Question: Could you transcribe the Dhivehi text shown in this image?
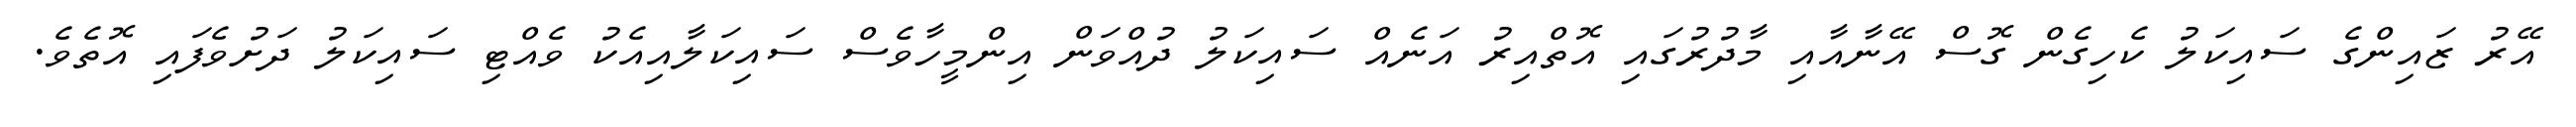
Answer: އޭރު ޒައިންގެ ސައިކަލު ކެހިގެން ގޮސް އޭނާއާއި މާދުރުގައި އޮތްއިރު އަނެއް ސައިކަލު ދުއްވަން އިންމީހާވެސް ސައިކަލާއިއެކު ވެއްޓި ސައިކަލު ދަށުވެފައި އޮތެވެ.